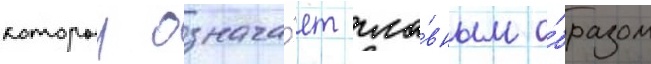
которыи означа́ет гла́вным о́бразом